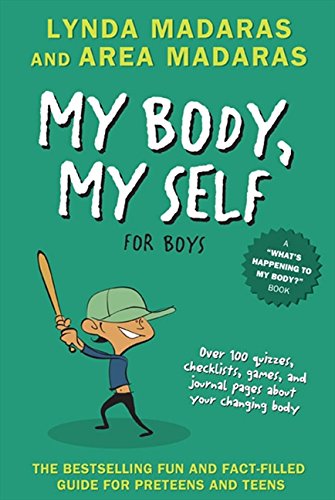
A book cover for My Body, My Self for Boys: Revised Edition (What's Happening to My Body?); Lynda Madaras; Parenting & Relationships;